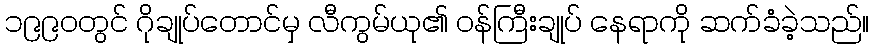
၁၉၉၀တွင် ဂိုချုပ်တောင်မှ လီကွမ်ယု၏ ဝန်ကြီးချုပ် နေရာကို ဆက်ခံခဲ့သည်။